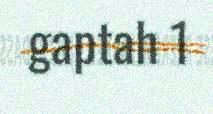
gaptah 1